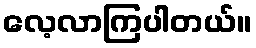
လေ့လာကြပါတယ်။